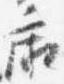
廂